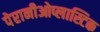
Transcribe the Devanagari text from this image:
पेरानीओप्लास्टिक